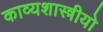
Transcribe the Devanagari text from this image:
काव्यशास्त्रीयो